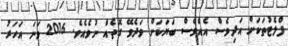
ފްލެޓުތަކަށް އަދިވެސް އެއްވެސް ބަޔަކަށް ވަދެވޭ ގޮތެއް ނުވެއެވެ. 2016 ވަނަ އަހަރު